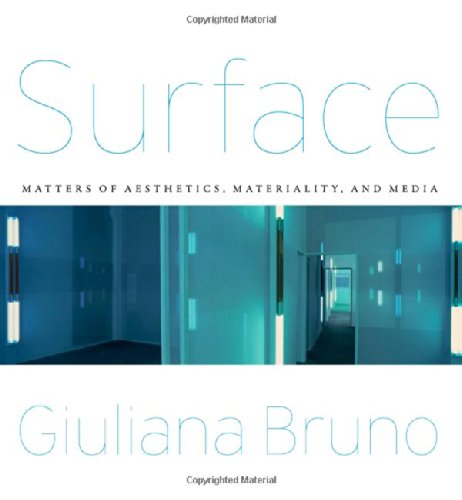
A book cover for Surface: Matters of Aesthetics, Materiality, and Media; Giuliana Bruno; Arts & Photography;